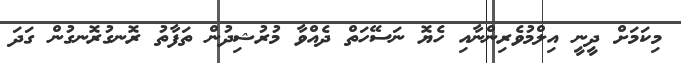
މިކަމަށް ދީނީ އިލްމުވެރިންނާއި ހެޔޮ ނަސޭހަތް ދެއްވާ މުރުޝިދުން ތަފާތު ރޮނގުރޮނގުން ގަދަ